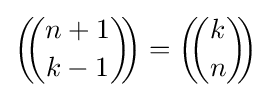
\left(\!\!{n+1 \choose k-1}\!\!\right)=\left(\!\!{k \choose n}\!\!\right)